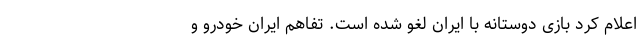
اعلام کرد بازی دوستانه با ایران لغو شده است. تفاهم ایران خودرو و